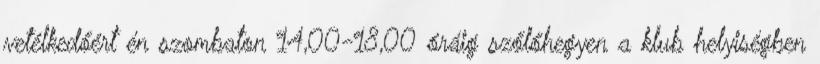
vetélkedőért én szombaton 14,00-18,00 óráig szőlőhegyen a klub helyiségben